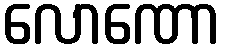
လောဏော